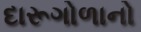
દારૂગોળાનો